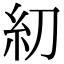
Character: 糿